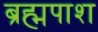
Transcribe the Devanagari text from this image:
ब्रह्मपाश